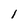
Character: 1